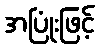
အပြုံးဖြင့်